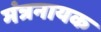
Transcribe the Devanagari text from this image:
मंत्रनायक